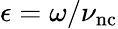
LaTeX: \epsilon=\omega/\nu_{\mathrm{nc}}